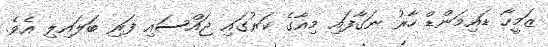
ޒަމީހާ ޑައިމަންޑް ހާރު ނަގާފައި މިއާގެ ކަރުގައި ޖައްސައި ފަރި ބަލައިލި އެވެ.